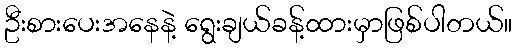
ဦးစားပေးအနေနဲ့ ရွေးချယ်ခန့်ထားမှာဖြစ်ပါတယ်။